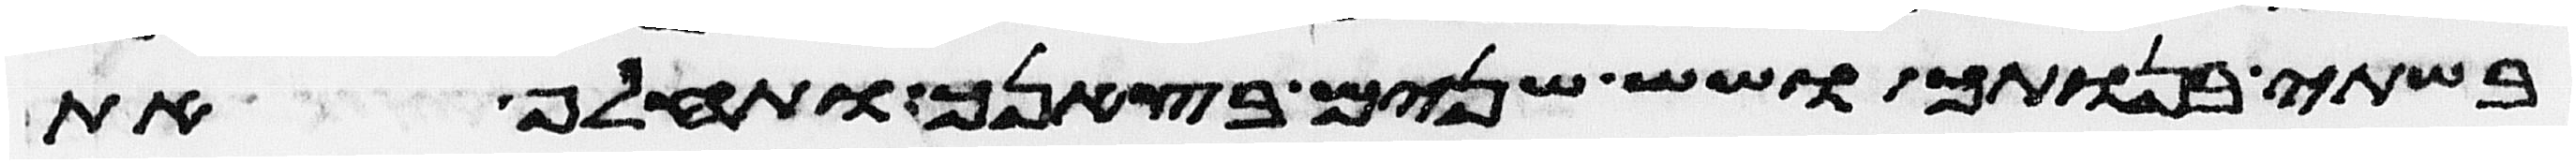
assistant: בשתי בנותך ושש שנים בצאנך ותחלף את